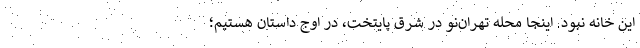
این خانه نبود. اینجا محله تهران‌نو در شرق پایتخت، در اوج داستان هستیم؛